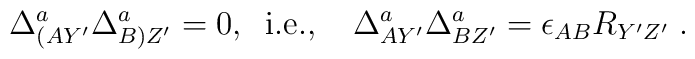
\Delta^a_{(AY'}\Delta^a_{B)Z'} = 0, \;\; \mbox{i.e.,} \;\;\;\;\Delta^a_{AY'}\Delta^a_{BZ'} = \epsilon_{AB} R_{Y'Z'}\; .